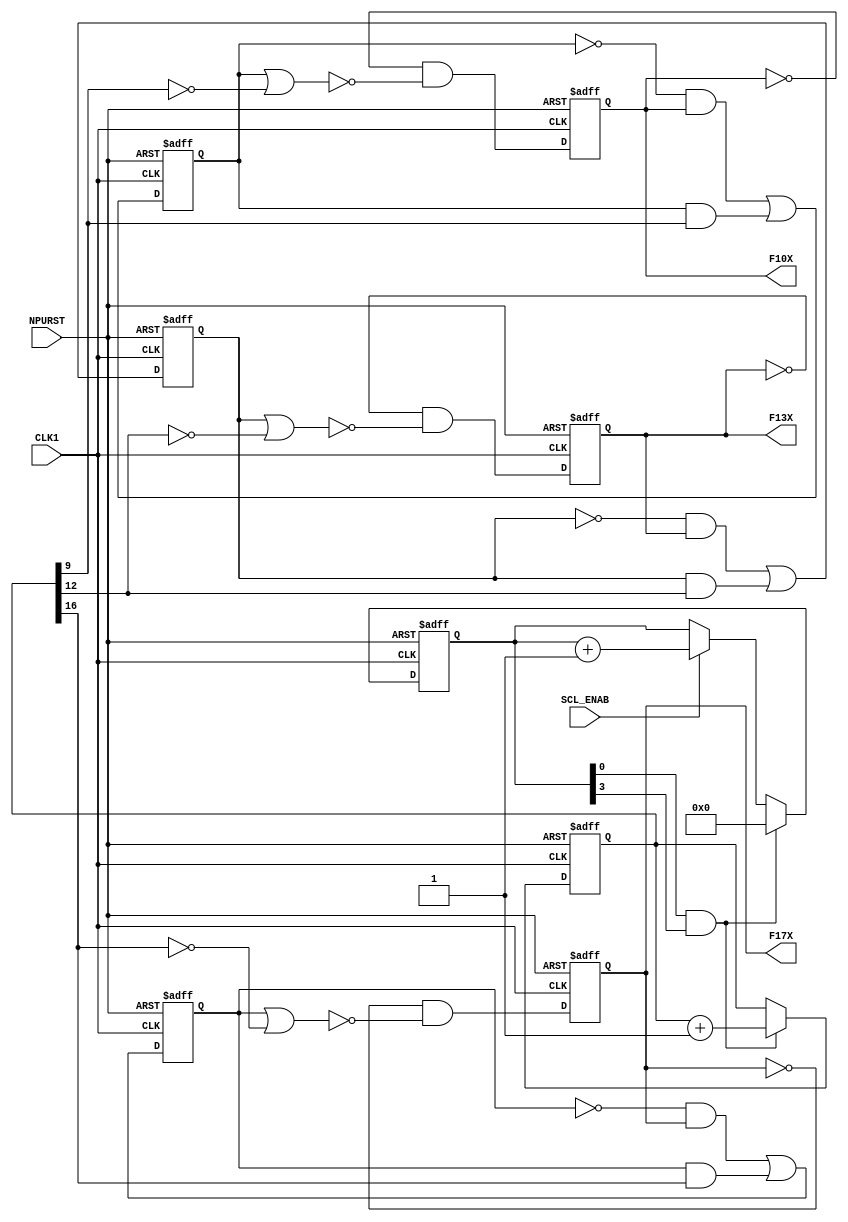
module ng_SCL(
	input  					CLK1,				
	input 					NPURST,			
	input 					SCL_ENAB,		
	output					F10X,				
	output					F13X,				
	output					F17X				
);
wire SL_RSTA = NPURST;								
reg [ 3:0] Mcnt;										
always @(posedge CLK1 or negedge SL_RSTA) 	
   if(!SL_RSTA)       Mcnt <= 4'h0;				
	else if(MCT_PE)   Mcnt <= 4'h0;				
   else if(MCT_CET)  Mcnt <= Mcnt + 4'd1;		
wire MCT_PE  = Mcnt[0] & Mcnt[3];				
wire MCT_CET = SCL_ENAB;							
reg [16:0] Fcnt;										
always @(posedge CLK1 or negedge SL_RSTA) 	
   if(!SL_RSTA)      Fcnt <= 17'd0;				
   else if(FCT_CET)  Fcnt <= Fcnt + 17'd1;	
wire FCT_CET = MCT_PE;								
wire F10X_IN =  Fcnt[ 9];			
wire F13X_IN =  Fcnt[12];			
wire F17X_IN =  Fcnt[16];			
reg Q10A, Q10B;										
always@(negedge CLK1 or negedge SL_RSTA) 
    if(!SL_RSTA)  Q10A <= 1'b0;						
    else          Q10A <= ~Q10A & Q10B | Q10A & F10X_IN;
always@(negedge CLK1 or negedge SL_RSTA) 
    if(!SL_RSTA)  Q10B <= 1'b0;						
    else          Q10B <= ~Q10B & !(Q10A | !F10X_IN);
wire J10A = Q10B;
wire K10A = !F10X_IN;
wire J10B = !(Q10A | !F10X_IN); 
wire K10B = Q10B;
reg Q13A, Q13B;										
always@(negedge CLK1 or negedge SL_RSTA) 
    if(!SL_RSTA)  Q13A <= 1'b0;						
    else          Q13A <= ~Q13A & J13A | Q13A & ~K13A;
always@(negedge CLK1 or negedge SL_RSTA) 
    if(!SL_RSTA)  Q13B <= 1'b0;						
    else          Q13B <= ~Q13B & J13B | Q13B & ~K13B;
wire J13A = Q13B;
wire K13A = !F13X_IN;
wire J13B = !(Q13A | !F13X_IN); 
wire K13B = Q13B;
reg Q17A, Q17B;										
always@(negedge CLK1 or negedge SL_RSTA) 
    if(!SL_RSTA)  Q17A <= 1'b0;						
    else          Q17A <= ~Q17A & J17A | Q17A & ~K17A;
always@(negedge CLK1 or negedge SL_RSTA) 
    if(!SL_RSTA)  Q17B <= 1'b0;						
    else          Q17B <= ~Q17B & J17B | Q17B & ~K17B;
wire J17A = Q17B;
wire K17A = !F17X_IN;
wire J17B = !(Q17A | !F17X_IN); 
wire K17B = Q17B;
assign F10X = Q10B;		
assign F13X = Q13B;		
assign F17X = Q17B;		
endmodule